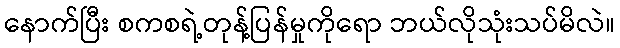
နောက်ပြီး စကစရဲ့တုန့်ပြန်မှုကိုရော ဘယ်လိုသုံးသပ်မိလဲ။